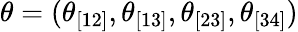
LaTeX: \theta=(\theta_{[12]},\theta_{[13]},\theta_{[23]},\theta_{[34]})